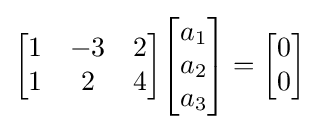
{\begin{bmatrix}1&-3&2\\1&2&4\end{bmatrix}}{\begin{bmatrix}a_{1}\\a_{2}\\a_{3}\end{bmatrix}}={\begin{bmatrix}0\\0\end{bmatrix}}